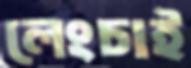
লেংচাই